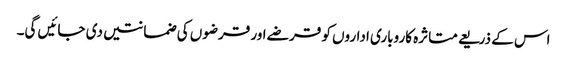
اس کے ذریعے متاثرہ کاروباری اداروں کو قرضے اور قرضوں کی ضمانتیں دی جائیں گی۔